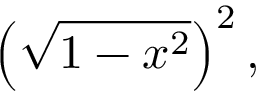
\left( { \sqrt { 1 - x ^ { 2 } } } \right) ^ { 2 } ,